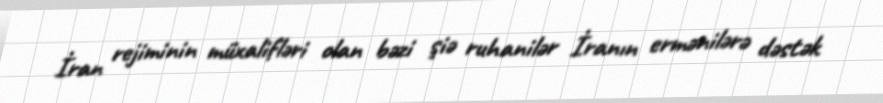
İran rejiminin müxalifləri olan bəzi şiə ruhanilər İranın ermənilərə dəstək